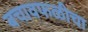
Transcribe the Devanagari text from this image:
बचावफळीचा